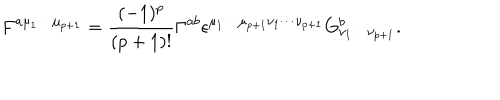
F ^ { a { \mu } _ { 1 } { \cdots } { \mu } _ { p + 1 } } = \frac { ( - 1 ) ^ { p } } { ( p + 1 ) ! } { \Gamma } ^ { a b } { \epsilon } ^ { { \mu } _ { 1 } { \cdots } { \mu } _ { p + 1 } { \nu } _ { 1 } { \cdots } { \nu } _ { p + 1 } } G _ { { \nu } _ { 1 } { \cdots } { \nu } _ { p + 1 } } ^ { b } .